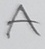
Text: A